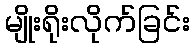
မျိုးရိုးလိုက်ခြင်း